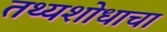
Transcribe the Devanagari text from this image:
तथ्यशोधाचा